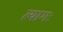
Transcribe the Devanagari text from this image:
त्यागः